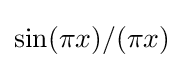
\sin(\pi x)/(\pi x)